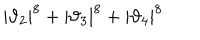
| \vartheta _ { 2 } | ^ { 8 } + | \vartheta _ { 3 } | ^ { 8 } + | \vartheta _ { 4 } | ^ { 8 }